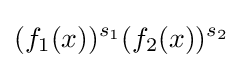
(f_{1}(x))^{s_{1}}(f_{2}(x))^{s_{2}}